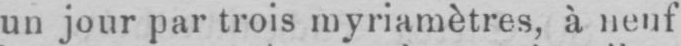
un jour par trois myriamètres, à, neuf